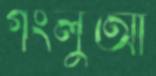
গংলুআ